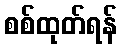
စစ်ထုတ်ရန်